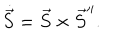
\dot { \vec { S } } = \vec { S } \times \vec { S } ^ { \prime \prime } .